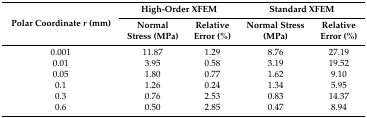
<table><thead><tr><td rowspan="2"><b>Polar Coordinate <i>r</i> (mm)</b></td><td colspan="2"><b>High-Order XFEM</b></td><td colspan="2"><b>Standard XFEM</b></td></tr><tr><td><b>Normal Stress (MPa)</b></td><td><b>Relative Error (%)</b></td><td><b>Normal Stress (MPa)</b></td><td><b>Relative Error (%)</b></td></tr></thead><tbody><tr><td>0.001</td><td>11.87</td><td>1.29</td><td>8.76</td><td>27.19</td></tr><tr><td>0.01</td><td>3.95</td><td>0.58</td><td>3.19</td><td>19.52</td></tr><tr><td>0.05</td><td>1.80</td><td>0.77</td><td>1.62</td><td>9.10</td></tr><tr><td>0.1</td><td>1.26</td><td>0.24</td><td>1.34</td><td>5.95</td></tr><tr><td>0.3</td><td>0.76</td><td>2.53</td><td>0.83</td><td>14.37</td></tr><tr><td>0.6</td><td>0.50</td><td>2.85</td><td>0.47</td><td>8.94</td></tr></tbody></table>